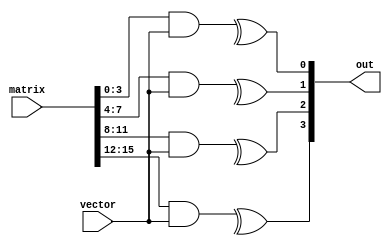
module matrix_vector_multiply #(
	parameter C = 4,
	parameter R = C
) (
	input [C*R-1:0] matrix,
	input [C-1:0] vector,
	output [R-1:0] out
);
	genvar i;
	for (i = 0; i < R; i = i + 1) begin : mult
		assign out[i] = ^(matrix[i*C+:C] & vector);
	end
endmodule